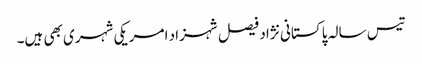
تیس سالہ پاکستانی نژاد فیصل شہزاد امریکی شہری بھی ہیں۔